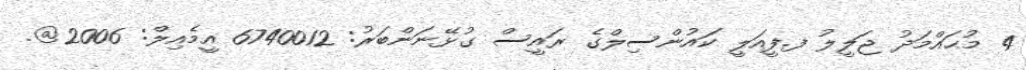
4 މުޙައްމަދު ޖަލީލު ފ.ފީއަލީ ކައުންސިލްގެ ރައީސް ގުޅޭނަންބަރު: 6740012 އީމެއިލް: 2006@.